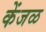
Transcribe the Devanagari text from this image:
केंजळ